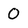
Character: 0